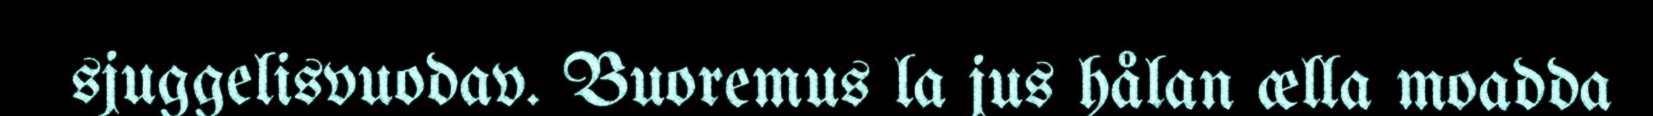
sjuggelisvuodav. Buoremus la jus hålan ælla moadda